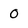
Character: 0